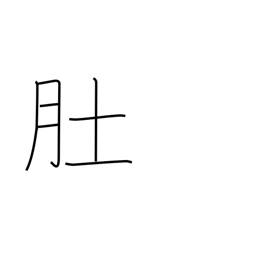
Meaning: stomach